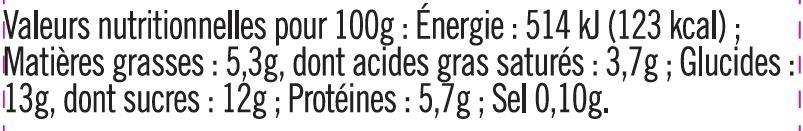
Naleurs nutritionnelles pour 100g : Énergie :514 kJ (123 kcal) ; Matières grasses : 5,3g, dont acides gras saturés : 3,7g ; Glucides :1 13g, dont sucres : 12g; Protéines : 5,7g ; Sel 0,10g.